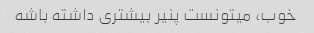
خوب، میتونست پنیر بیشتری داشته باشه